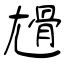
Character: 尳